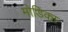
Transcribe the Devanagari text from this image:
मोडिका